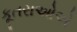
કૂતરાઓએ